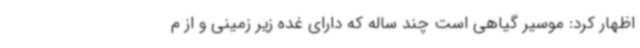
اظهار کرد: موسیر گیاهی است چند ساله که دارای غده زیر زمینی و از م